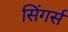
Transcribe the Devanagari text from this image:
सिंगर्स